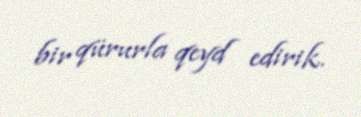
bir qürurla qeyd edirik.